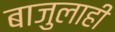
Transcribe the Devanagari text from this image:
बाजुलाही